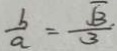
\frac { b } { a } = \frac { \sqrt { 3 } . } { 3 }